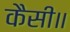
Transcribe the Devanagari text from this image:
कैसी॥